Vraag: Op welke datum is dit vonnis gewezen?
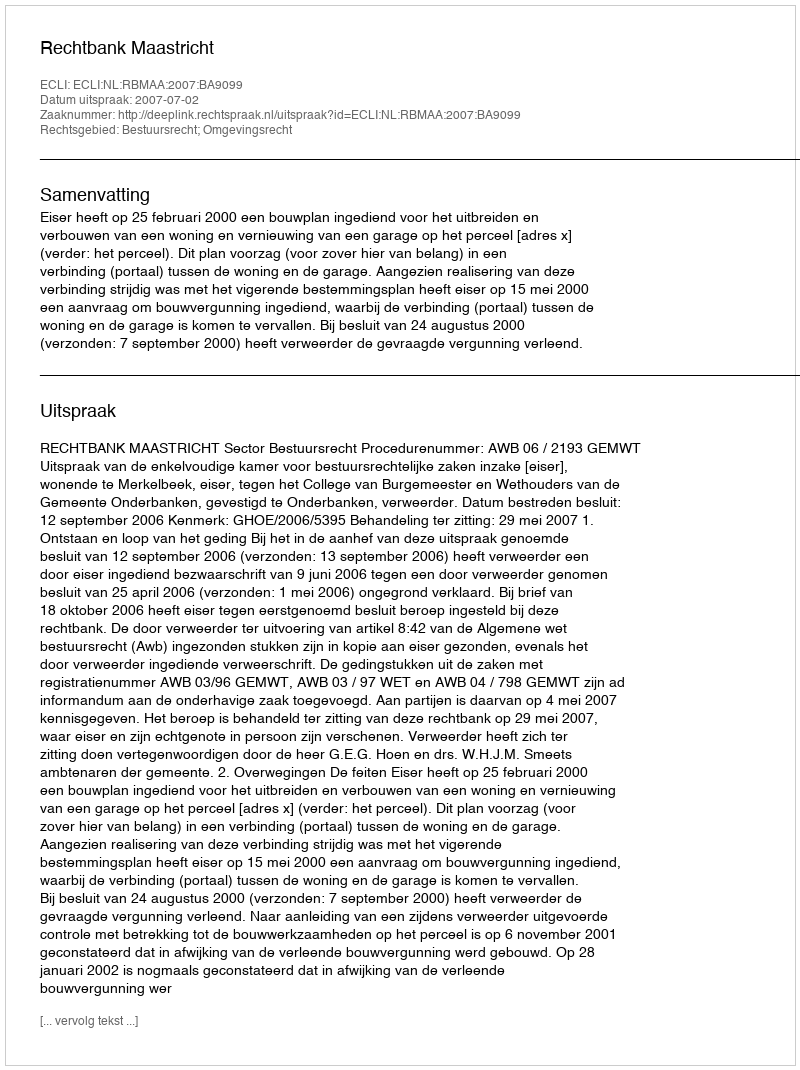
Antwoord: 2007-07-02